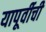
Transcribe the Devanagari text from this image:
यापूर्वीची